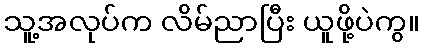
သူ့အလုပ်က လိမ်ညာပြီး ယူဖို့ပဲကွ။